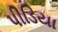
પીડિયા